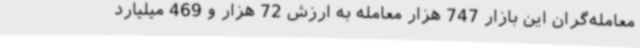
معامله‌گران این بازار 747 هزار معامله به ارزش 72 هزار و 469 میلیارد